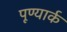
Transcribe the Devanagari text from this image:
पूण्यार्क